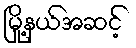
မြို့နယ်အဆင့်